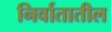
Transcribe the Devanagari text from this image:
निर्वातातील